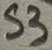
Text: S3